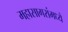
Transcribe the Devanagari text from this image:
महासागरांमध्ये